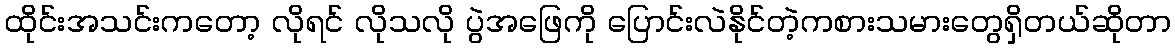
ထိုင်းအသင်းကတော့ လိုရင် လိုသလို ပွဲအဖြေကို ပြောင်းလဲနိုင်တဲ့ကစားသမားတွေရှိတယ်ဆိုတာ